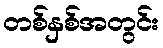
တစ်နှစ်အတွင်း